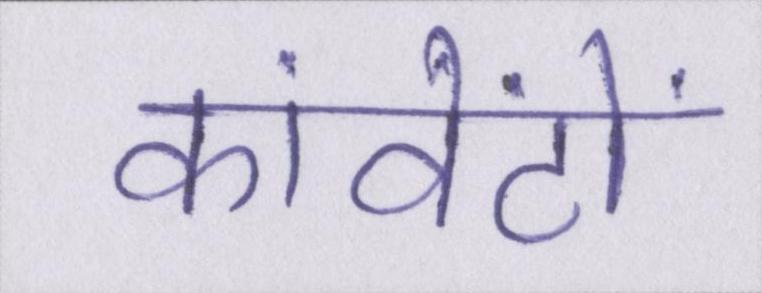
कांवेंटों